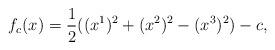
LaTeX: \begin{align*} f_c(x)=\frac{1}{2}((x^1)^2+(x^2)^2-(x^3)^2)-c,\end{align*}